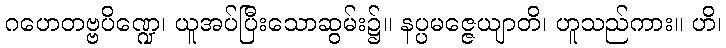
ဂဟေတဗ္ဗပိဏ္ဍေ၊ ယူအပ်ပြီးသောဆွမ်း၌။ နပ္ပမဇ္ဇေယျာတိ၊ ဟူသည်ကား။ ဟိ၊